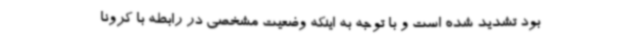
بود تشدید شده است و با توجه به اینکه وضعیت مشخصی در رابطه با کرونا